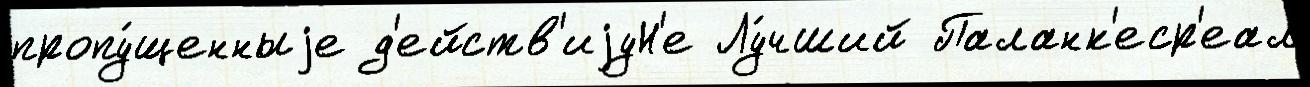
пропу́щенныjе д'ейств'иjуН'е Лу́чший Паланк'еср'еал